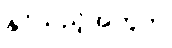
နိုင်သည့်အတွက်